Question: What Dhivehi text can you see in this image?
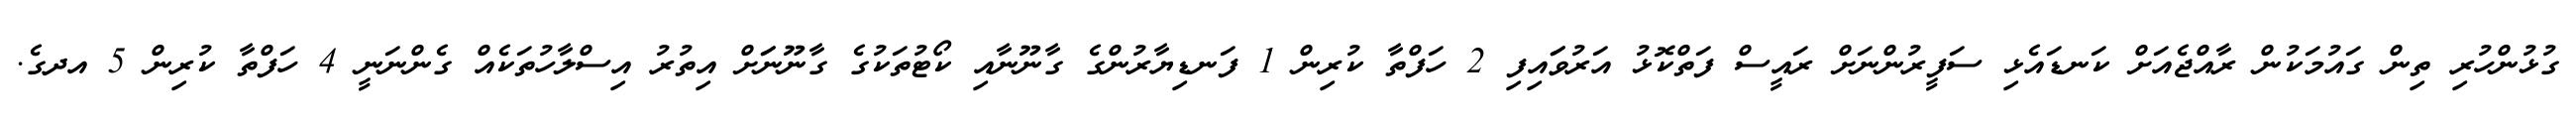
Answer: ގުޅުންހުރި ތިން ގައުމަކުން ރާއްޖެއަށް ކަނޑައެޅި ސަފީރުންނަށް ރައީސް ފަތްކޮޅު އަރުވަައިފި 2 ހަފްތާ ކުރިން 1 ފަނޑިޔާރުންގެ ގާނޫނާއި ކޯޓުތަކުގެ ގާނޫނަަށް އިތުރު އިސްލާހުތަކެއް ގެންނަނީ 4 ހަފްތާ ކުރިން 5 އދގެ.